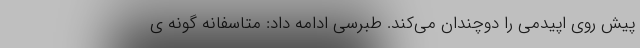
پیش روی اپیدمی را دوچندان می‌کند. طبرسی ادامه داد: متاسفانه گونه ی